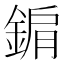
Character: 𨨔